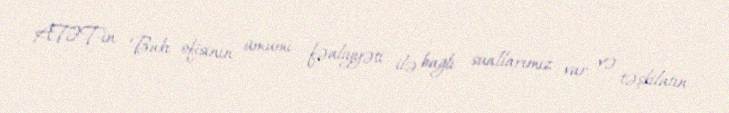
ATƏT-in Bakı ofisinin ümumi fəaliyyəti ilə bağlı suallarımız var və təşkilatın